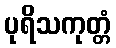
ပုရိသကုတ္တံ